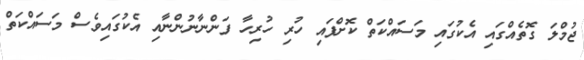
ޖުމްލަ ގޮތެއްގައި އެކުގައި މަސައްކަތް ކޮށްފައި ހުރި ހުރިހާ ފަންނާނުންނާއި އެކުގައިވެސް މަސައްކަތް